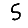
Digit: 5